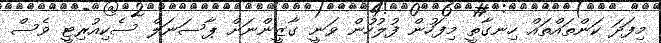
މިފަދަ ކަންތައްތައް ހިނގާތީ މިފަހުން ފުލުހުން ވަނީ ގާޒީންނަށް ޕާސަނަލް ސެކިއުރިޓީ ވެސް